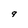
Character: 9